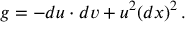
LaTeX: g = - d u \cdot d v + u ^ { 2 } ( d x ) ^ { 2 } \, .